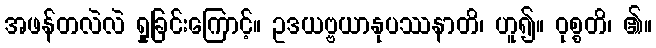
အဖန်တလဲလဲ ရှုခြင်းကြောင့်။ ဥဒယဗ္ဗယာနုပဿနာတိ၊ ဟူ၍။ ဝုစ္စတိ၊ ၏။